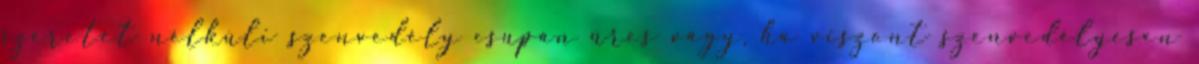
szeretet nélküli szenvedély csupán üres vágy, ha viszont szenvedélyesen